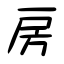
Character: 房